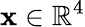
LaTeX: \mathbf{x}\in\mathbb{R}^{4}